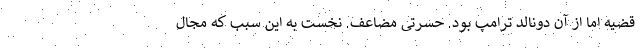
قضیه اما از آن دونالد ترامپ بود. حسرتی مضاعف. نخست به این سبب که مجال